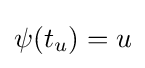
\psi (t_{u})=u